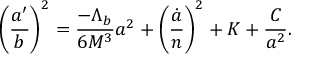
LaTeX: \left( \frac { a ^ { \prime } } { b } \right) ^ { 2 } = \frac { - \Lambda _ { b } } { 6 M ^ { 3 } } a ^ { 2 } + \left( \frac { \dot { a } } { n } \right) ^ { 2 } + K + \frac { C } { a ^ { 2 } } .